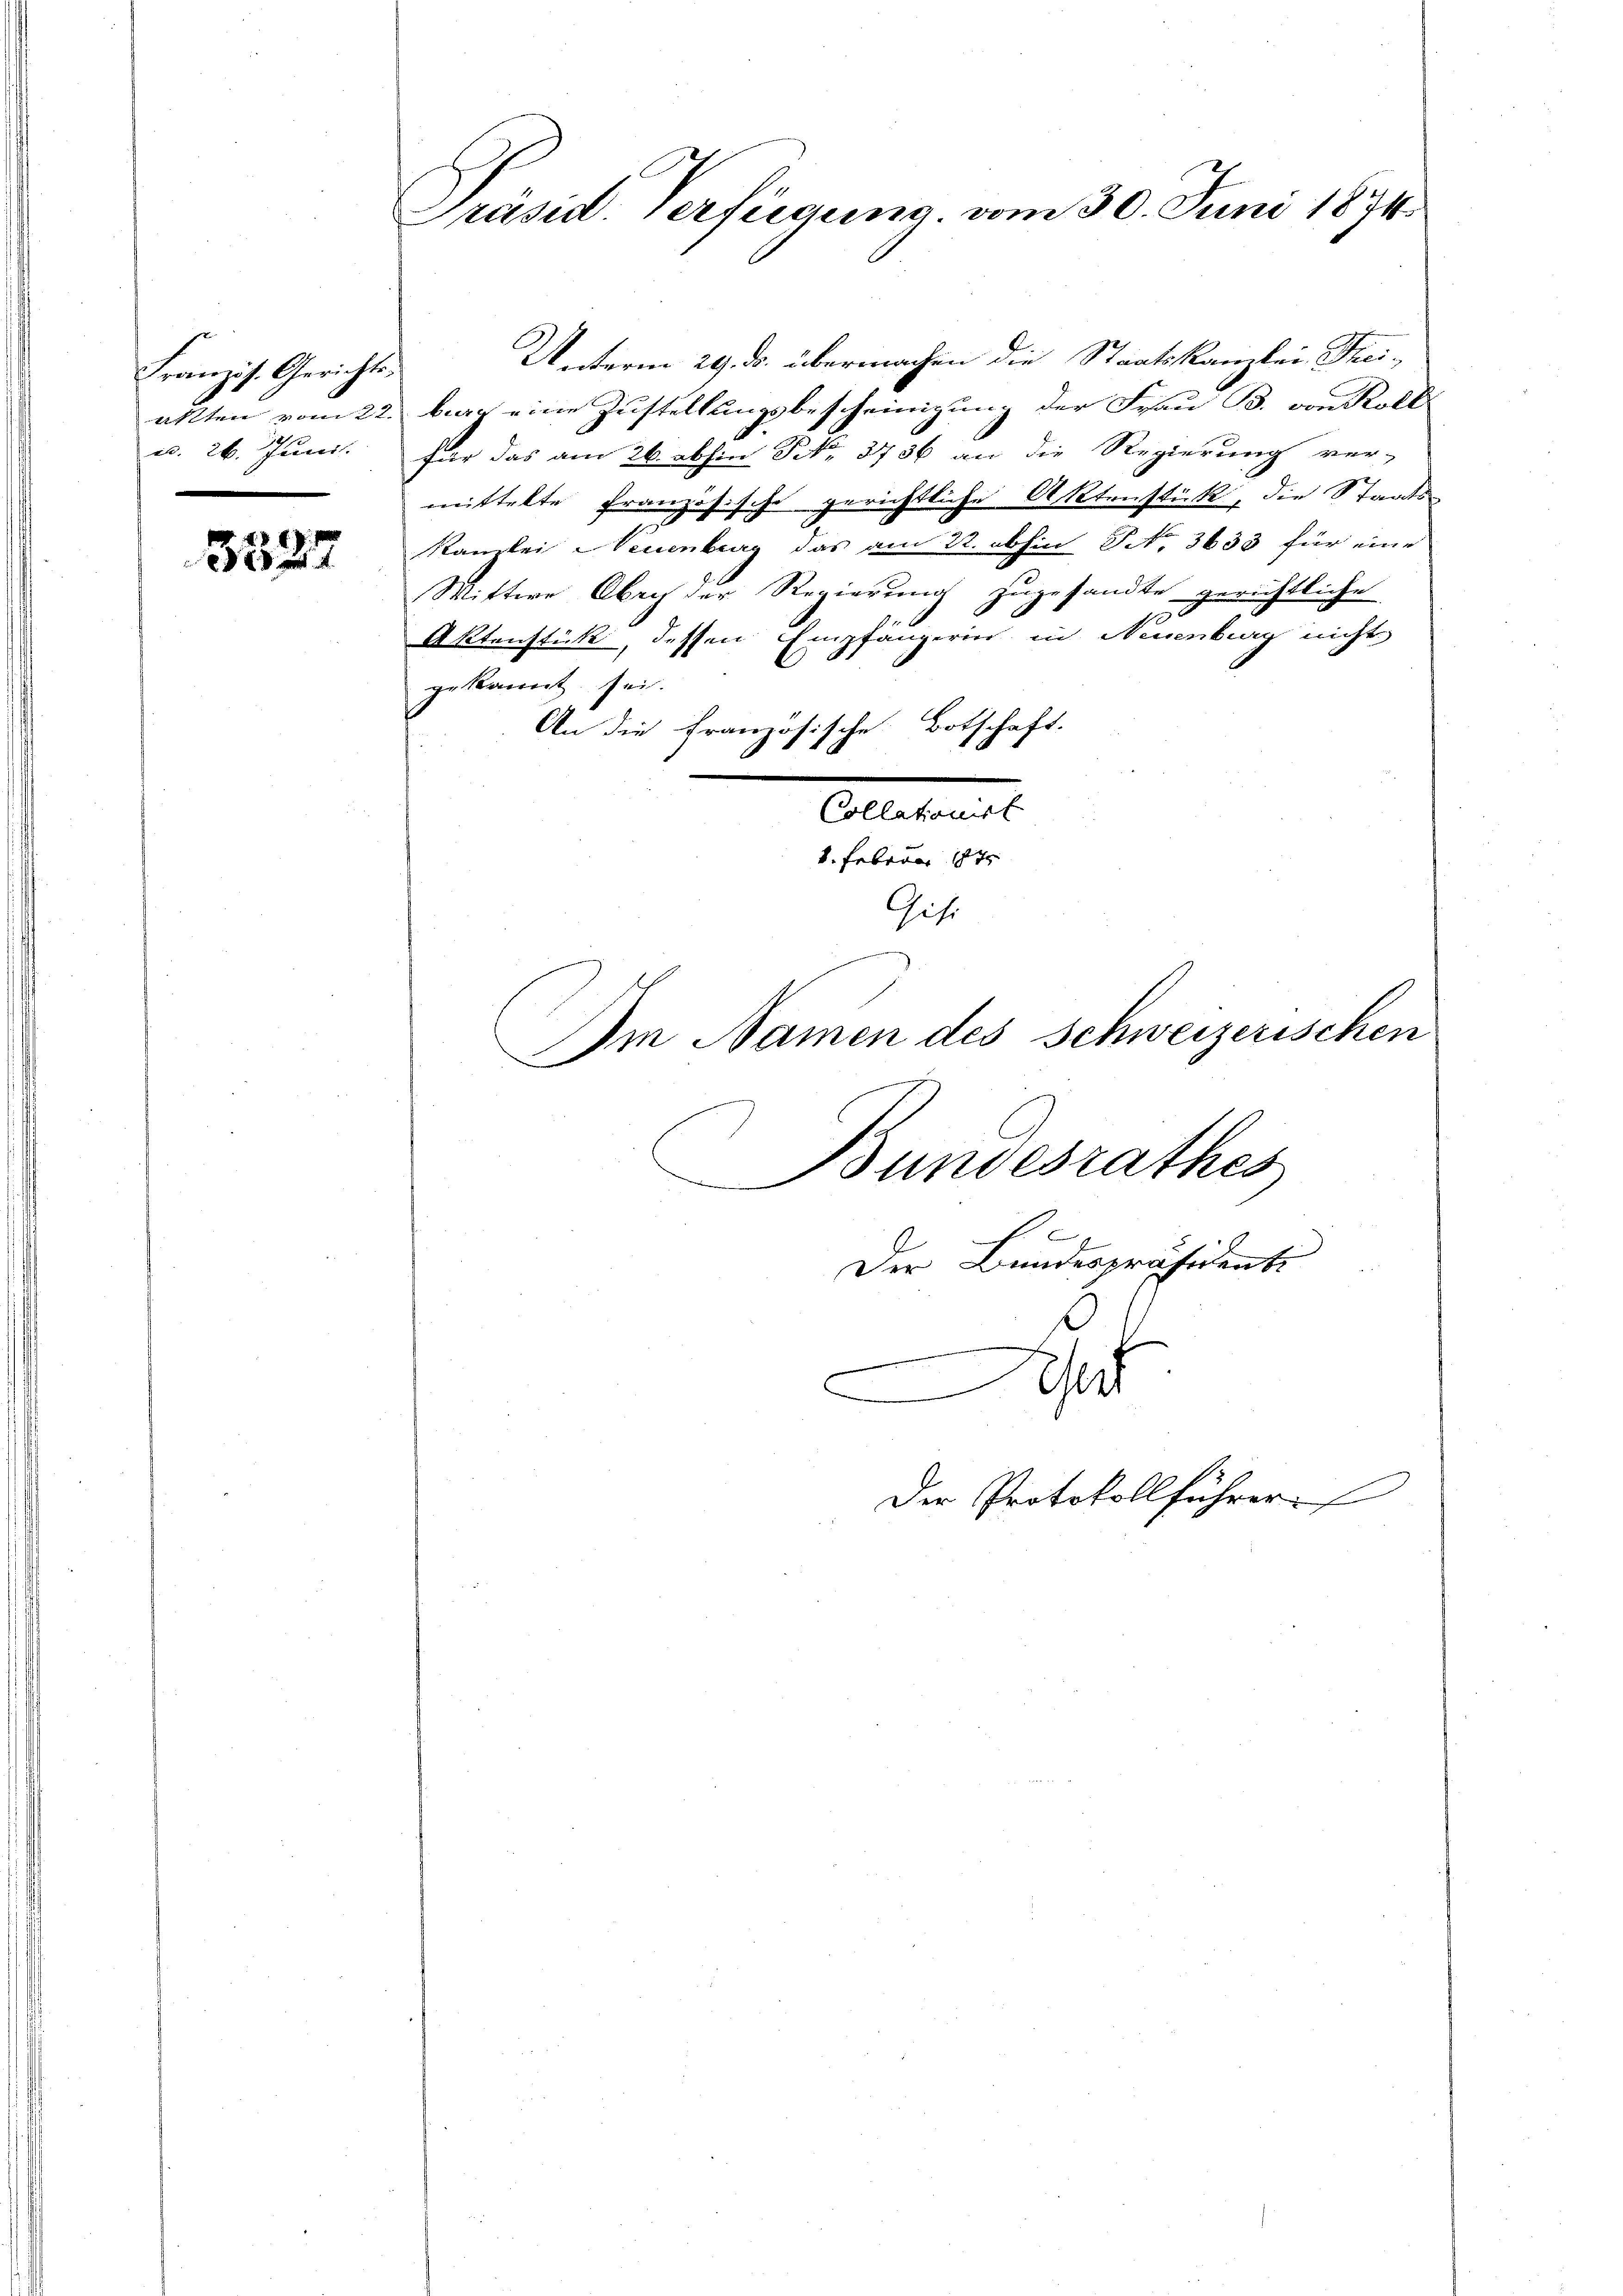
Französ. Gerichtsc. 26. Juni.

3527

Präsid. Verfügung vom 30. Juni 1874.

Unterm 29. ds. übermachen die Staatskanzlei Theiakten vom 22. bey eine Zustellungsbescheinigung der Frau B. von Roll
für das am 26. abhin No. 3736 an die Regierung ver-
mittelte französische gerichtliche Aktenstück, die Staats-
Kanzlei Neuenburg das am 22. abhin NNo. 3633 für eine
Wittwe Ober der Regierung zugesandte gerichtliche
Aktenstück, dessen Empfangerin in Neuenburg nicht
gekannt sei.
An die französische Botschaft.
Collationist
1. Februar 184
Git.
Im Namen des Schweizerischen
Bundesrathes
Der Bundespräsidenti
A
Der Protokollführer